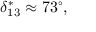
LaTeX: \delta _ { 1 3 } ^ { * } \approx 7 3 ^ { \circ } ,